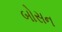
બોસન